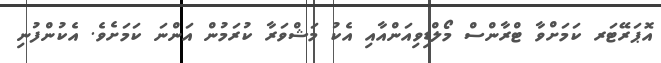
އޮޕަރޭޓަރ ކަމަށްވާ ޓްރާންސް މޯލްޑިވިއަންއާއި އެކު މަޝްވަރާ ކުރަމުން އަންނަ ކަމަށެވެ. އެކުންފުނި